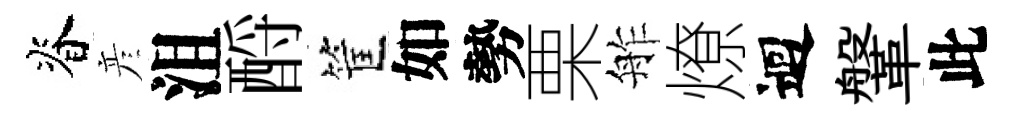
脊彦沮酹筐如勢栗舴燎迴鞶此